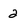
Character: 2